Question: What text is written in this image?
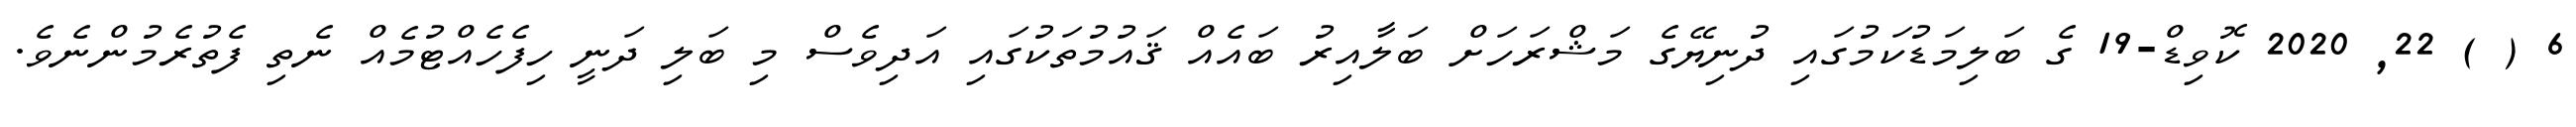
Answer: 6 ( ) 22, 2020 ކޮވިޑް-19 ގެ ބަލިމަޑުކަމުގައި ދުނިޔޭގެ މަޝްރަހަށް ބަލާއިރު ބައެއް ޤައުމުތަކުގައި އަދިވެސް މި ބަލި ދަނީ ހިފެހެއްޓުމެއް ނެތި ފެތުރެމުންނެވެ.